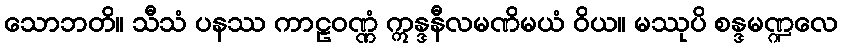
သောဘတိ။ သီသံ ပနဿ ကာဠဝဏ္ဏံ ဣန္ဒနီလမဏိမယံ ဝိယ။ မဿုပိ စန္ဒမဏ္ဍလေ